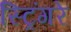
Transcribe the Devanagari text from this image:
स्ट्रिंगरे